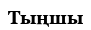
Тыңшы